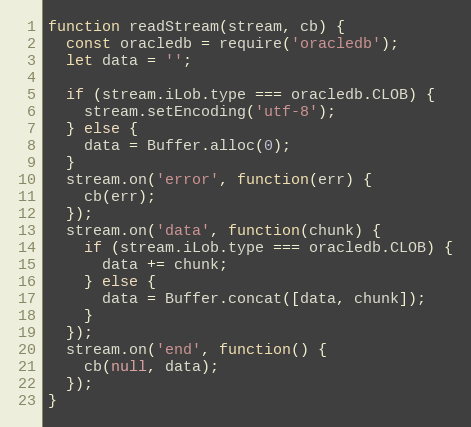
Language: JavaScript
function readStream(stream, cb) {
  const oracledb = require('oracledb');
  let data = '';

  if (stream.iLob.type === oracledb.CLOB) {
    stream.setEncoding('utf-8');
  } else {
    data = Buffer.alloc(0);
  }
  stream.on('error', function(err) {
    cb(err);
  });
  stream.on('data', function(chunk) {
    if (stream.iLob.type === oracledb.CLOB) {
      data += chunk;
    } else {
      data = Buffer.concat([data, chunk]);
    }
  });
  stream.on('end', function() {
    cb(null, data);
  });
}